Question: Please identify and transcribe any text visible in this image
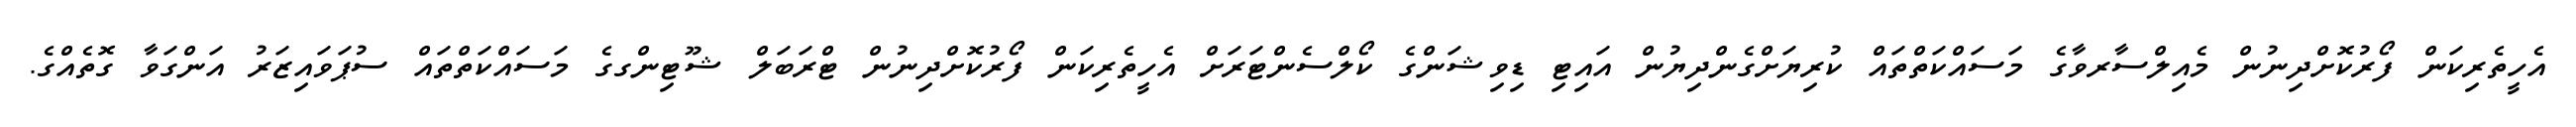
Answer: އެހީތެރިކަން ފޯރުކޮށްދިނުން މެއިލްސާރވާގެ މަސައްކަތްތައް ކުރިޔަށްގެންދިޔުން އައިޓި ޑިވިޝަންގެ ކޯލްސެންޓަރަށް އެހީތެރިކަން ފޯރުކޮށްދިނުން ޓްރަބަލް ޝޫޓިންގގެ މަސައްކަތްތައް ސުޕަވައިޒަރު އަންގަވާ ގޮތެއްގެ.